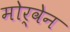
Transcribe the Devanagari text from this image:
मोर्वेन